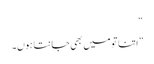
“
”اتنا تو میں بھی جانتا ہوں۔